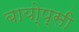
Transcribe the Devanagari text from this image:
बायो्प्सी